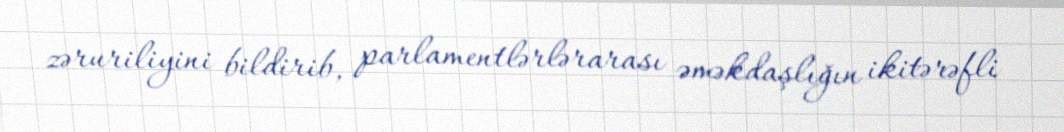
zəruriliyini bildirib, parlamentlərlərarası əməkdaşlığın ikitərəfli